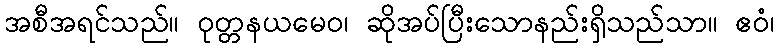
အစီအရင်သည်။ ဝုတ္တနယမေဝ၊ ဆိုအပ်ပြီးသောနည်းရှိသည်သာ။ ဧဝံ၊